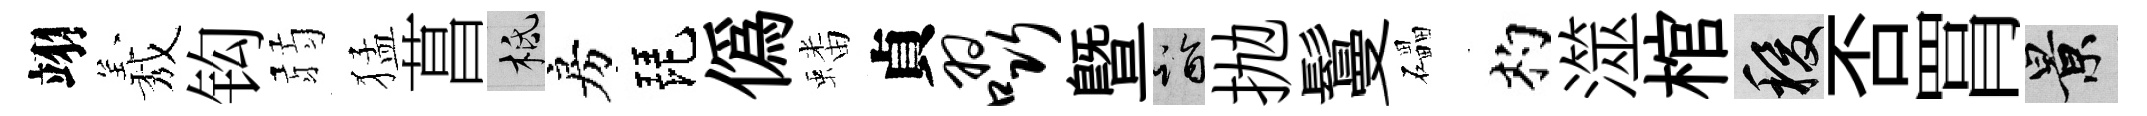
翊𦏁钩弱猛菖柢房琵偽蟠貞啜曁诣抛鬘礧杓澨棺稷否罥景